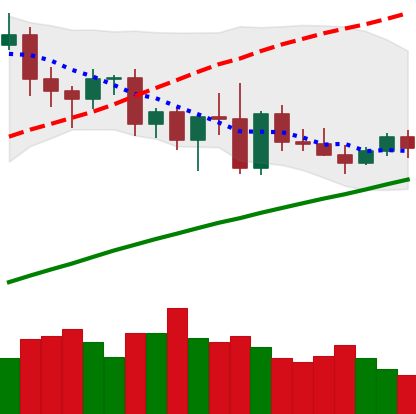
Ticker: XMR-USD
Chart end date: 2020-11-15
Forward return: 5.517%
Label: up_5_7